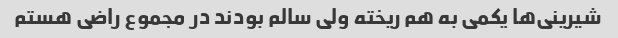
شیرینی‌ها یکمی به هم ریخته ولی سالم بودند در مجموع راضی هستم